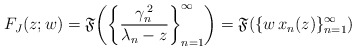
\begin{align*}F_{J}(z;w)=\mathfrak{F}\!\left(\left\{ \frac{\gamma_{n}^{\,2}}{\lambda_{n}-z}\right\} _{n=1}^{\infty}\right)=\mathfrak{F}(\{w\, x_{n}(z)\}_{n=1}^{\infty})\end{align*}